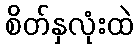
စိတ်နှလုံးထဲ